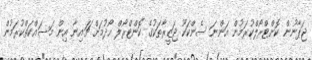
ޖަޕާނުން ކޮންޓްރޯލްކުރަމުން އަންނަ ސެންކަކޫ ޖަޒީރާތަކުގެ ކޮންޓްރޯލް ހޯދުމަށް ޗައިނާ އިން މަސައްކަތްކުރަމުން